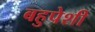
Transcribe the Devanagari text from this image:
बहुपेशी